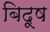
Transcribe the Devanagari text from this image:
बिदूष